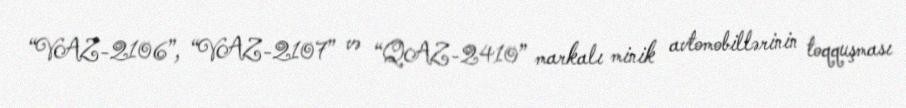
“VAZ-2106”, “VAZ-2107” və “QAZ-2410” markalı minik avtomobillərinin toqquşması